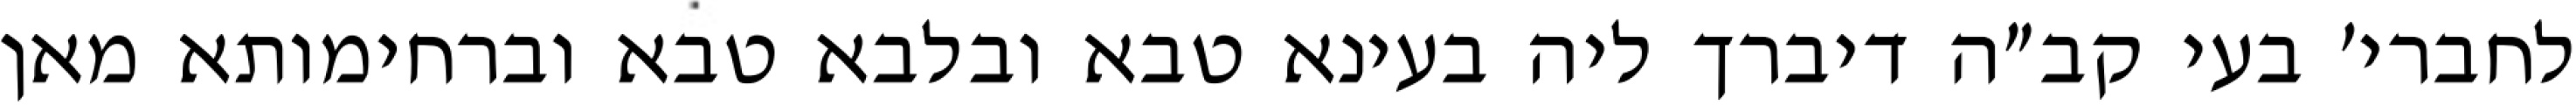
לחברי׳ בעי קב״ה דיברך ליה בעינא טבא ובלבא טבא וברחימותא מאן